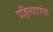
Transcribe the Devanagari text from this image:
पहिलवाणीचे